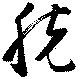
脱